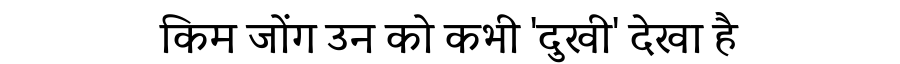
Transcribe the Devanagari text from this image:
किम जोंग उन को कभी 'दुखी' देखा है